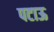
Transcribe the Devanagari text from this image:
पटाऊ